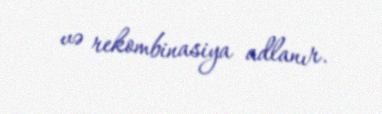
və rekombinasiya adlanır.